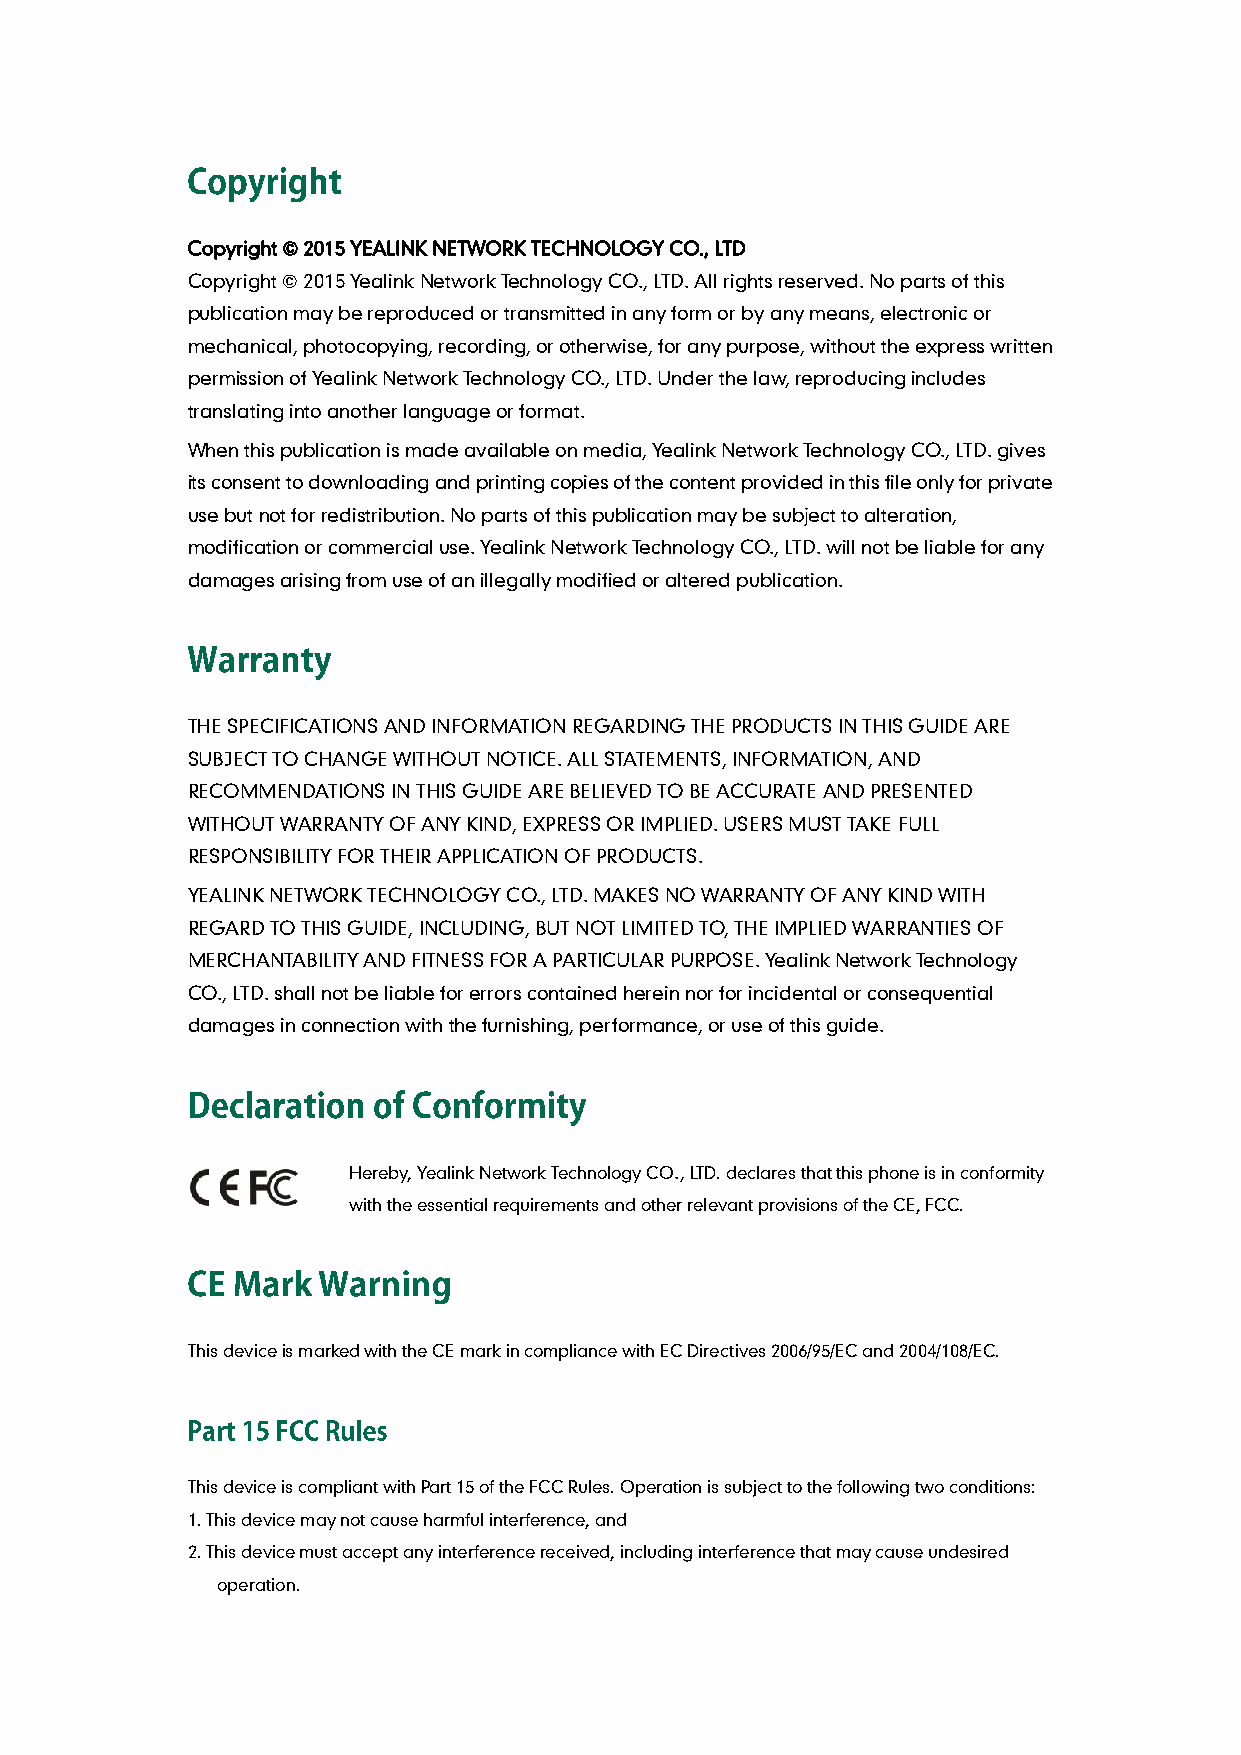
Copyright © 2015 YEALINK NETWORK TECHNOLOGY CO., LTD
 Copyright © 2015 Yealink Network Technology CO., LTD. All rights reserved. No parts of this
 publication may be reproduced or transmitted in any form or by any means, electronic or
 mechanical, photocopying, recording, or otherwise, for any purpose, without the express written
 permission of Yealink Network Technology CO., LTD. Under the law, reproducing includes
 translating into another language or format.
 When this publication is made available on media, Yealink Network Technology CO., LTD. gives
 its consent to downloading and printing copies of the content provided in this file only for private
 use but not for redistribution. No parts of this publication may be subject to alteration,
 modification or commercial use. Yealink Network Technology CO., LTD. will not be liable for any
 damages arising from use of an illegally modified or altered publication.
 THE SPECIFICATIONS AND INFORMATION REGARDING THE PRODUCTS IN THIS GUIDE ARE
 SUBJECT TO CHANGE WITHOUT NOTICE. ALL STATEMENTS, INFORMATION, AND
 RECOMMENDATIONS IN THIS GUIDE ARE BELIEVED TO BE ACCURATE AND PRESENTED
 WITHOUT WARRANTY OF ANY KIND, EXPRESS OR IMPLIED. USERS MUST TAKE FULL
 RESPONSIBILITY FOR THEIR APPLICATION OF PRODUCTS.
 YEALINK NETWORK TECHNOLOGY CO., LTD. MAKES NO WARRANTY OF ANY KIND WITH
 REGARD TO THIS GUIDE, INCLUDING, BUT NOT LIMITED TO, THE IMPLIED WARRANTIES OF
 MERCHANTABILITY AND FITNESS FOR A PARTICULAR PURPOSE. Yealink Network Technology
 CO., LTD. shall not be liable for errors contained herein nor for incidental or consequential
 damages in connection with the furnishing, performance, or use of this guide.
 Hereby, Yealink Network Technology CO., LTD. declares that this phone is in conformity
 with the essential requirements and other relevant provisions of the CE, FCC.
 This device is marked with the CE mark in compliance with EC Directives 2006/95/EC and 2004/108/EC.
 This device is compliant with Part 15 of the FCC Rules. Operation is subject to the following two conditions:
 1. This device may not cause harmful interference, and
 2. This device must accept any interference received, including interference that may cause undesired
 operation.